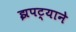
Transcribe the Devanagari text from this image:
झपट्याने